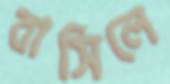
বাসিলে